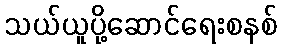
သယ်ယူပို့ဆောင်ရေးစနစ်